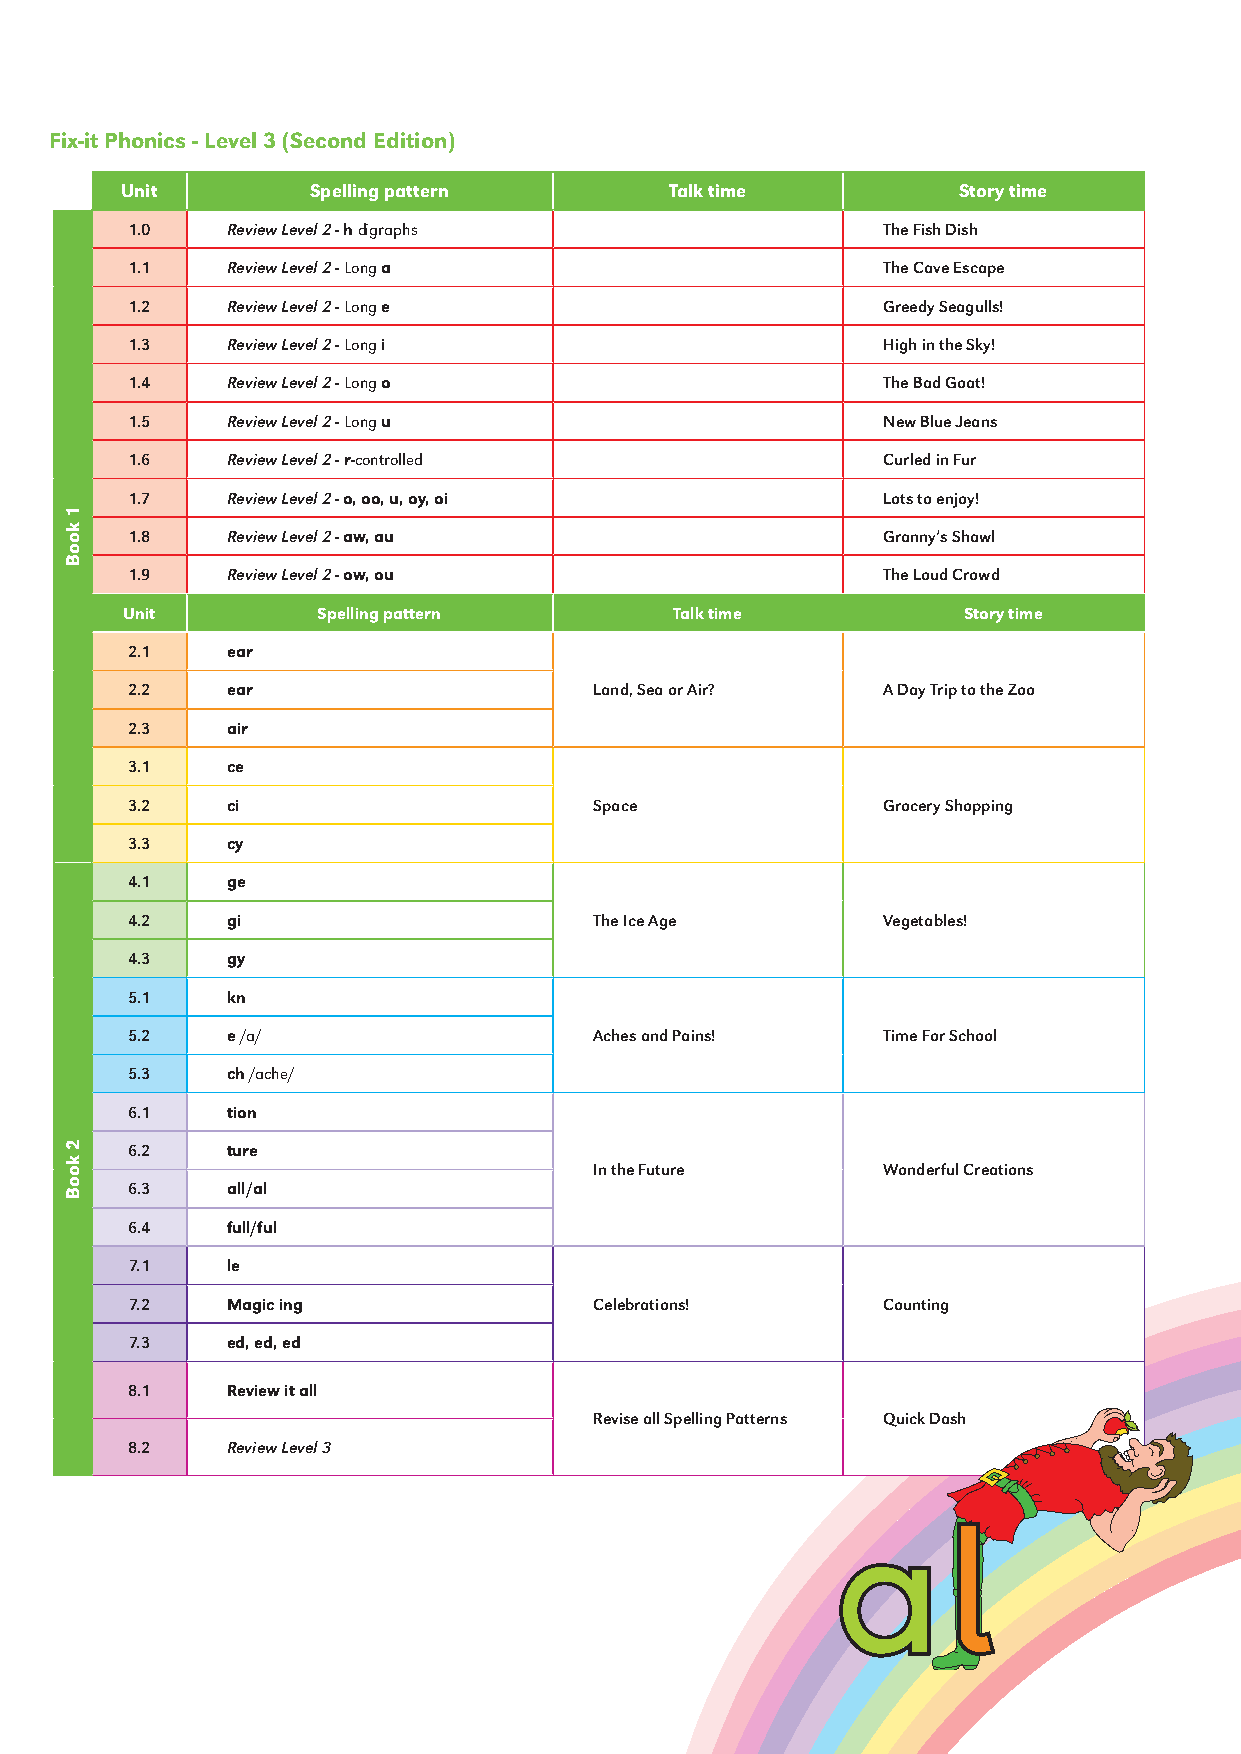
Fix-it Phonics - Level 3 (Second Edition)
 Unit        Spelling pattern        Talk time          Story time
 1.0    Review Level 2 - h digraphs                The Fish Dish
 1.1    Review Level 2 - Long a                    The Cave Escape
 1.2    Review Level 2 - Long e                    Greedy Seagulls!
 1.3    Review Level 2 - Long i                    High in the Sky!
 1.4    Review Level 2 - Long o                    The Bad Goat!
 1.5    Review Level 2 - Long u                    New Blue Jeans
 1.6    Review Level 2 - r-controlled              Curled in Fur
 1.7    Review Level 2 - o, oo, u, oy, oi          Lots to enjoy!
 1.8    Review Level 2 - aw, au                    Granny’s Shawl
 1.9    Review Level 2 - ow, ou                    The Loud Crowd
 Unit         Spelling pattern        Talk time          Story time
 2.1    ear
 2.2    ear                     Land, Sea or Air?  A Day Trip to the Zoo
 2.3    air
 3.1    ce
 3.2    ci                      Space              Grocery Shopping
 3.3    cy
 4.1    ge
 4.2    gi                      The Ice Age        Vegetables!
 4.3    gy
 5.1    kn
 5.2    e /a/                   Aches and Pains!   Time For School
 5.3    ch /ache/
 6.1    tion
 6.2    ture
 In the Future      Wonderful Creations
 6.3    all/al
 6.4    full/ful
 7.1   le
 7.2   Magic ing               Celebrations!      Counting
 7.3   ed, ed, ed
 8.1    Review it all
 Revise all Spelling Patterns Quick Dash
 8.2    Review Level 3
 1
 kooB
 2
 kooB